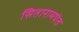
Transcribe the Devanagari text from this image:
सितारामपंत